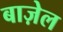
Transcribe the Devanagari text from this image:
बाज़ेल